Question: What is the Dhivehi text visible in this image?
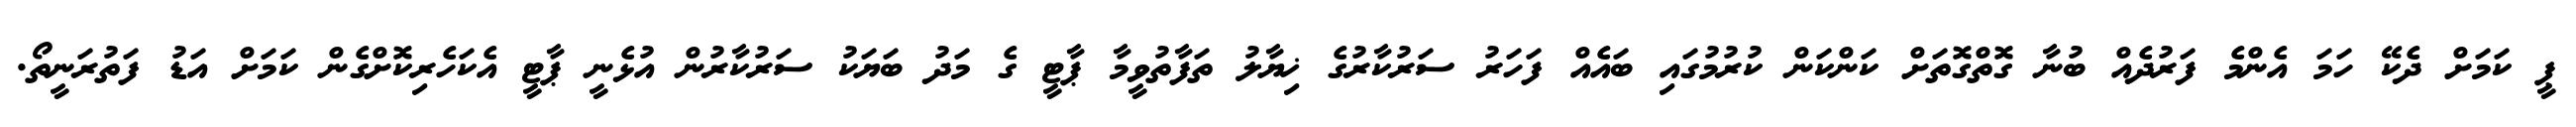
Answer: ޕީ ކަމަށް ދެކޭ ހަމަ އެންމެ ފަރުދެއް ބުނާ ގޮތްގޮތަށް ކަންކަން ކުރުމުގައި ބައެއް ފަހަރު ސަރުކާރުގެ ޚިޔާލު ތަފާތުވީމާ ޕާޓީ ގެ މަދު ބަޔަކު ސަރުކާރުން އުޅެނީ ޕާޓީ އެކަހެރިކޮށްގެން ކަމަށް އަޑު ފަތުރަނީތޯ.